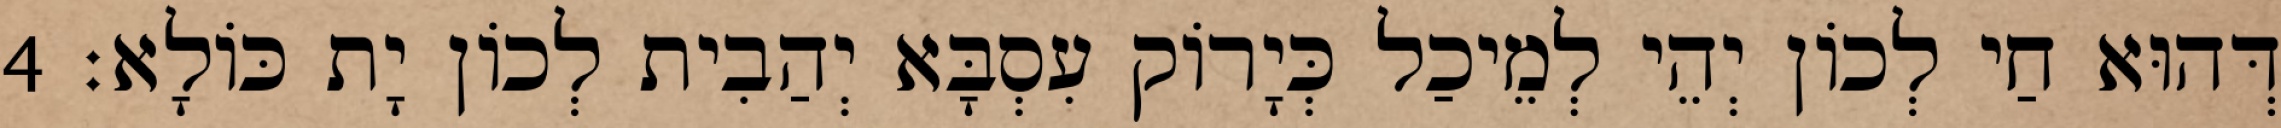
דְּהוּא חַי לְכוֹן יְהֵי לְמֵיכַל כְּיָרוֹק עִסְבָּא יְהַבִית לְכוֹן יָת כּוֹלָא׃ 4